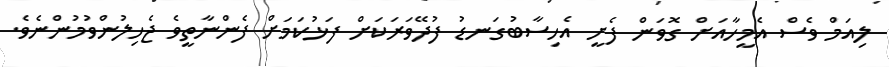
ލިއަމް ވެސް އެމީހާއަށް ގޮވަން ފެށީ އެހިސާބުގަނޑު ފުދޭވަރަކަށް ފަޅުކަމަށް ފެންނާތީވެ ޖެހިލުންވުމުންނެވެ.